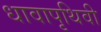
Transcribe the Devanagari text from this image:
धावापृथिवी